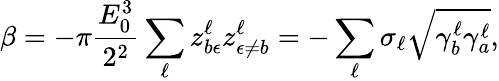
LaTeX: \beta=-\pi\frac{E_{0}^{3}}{2^{2}}\sum_{\ell}z_{b\epsilon}^{\ell}z_{\epsilon\neq b}^{\ell}=-\sum_{\ell}\sigma_{\ell}\sqrt{\gamma_{b}^{\ell}\gamma_{a}^{\ell}},